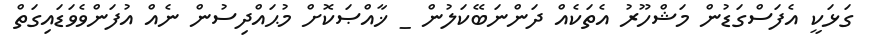
ގަޅަކީ އެފަސްގަޑުން މަޝްހޫރު އެތަކެއް ދަންނަބޭކަލުން _ ޚާއްޞަކޮށް މުޙައްދިސުން ނެއް އުފަންވެވަޑައިގަތް